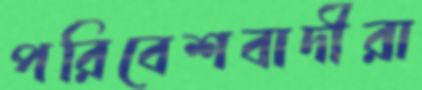
পরিবেশবাদীরা